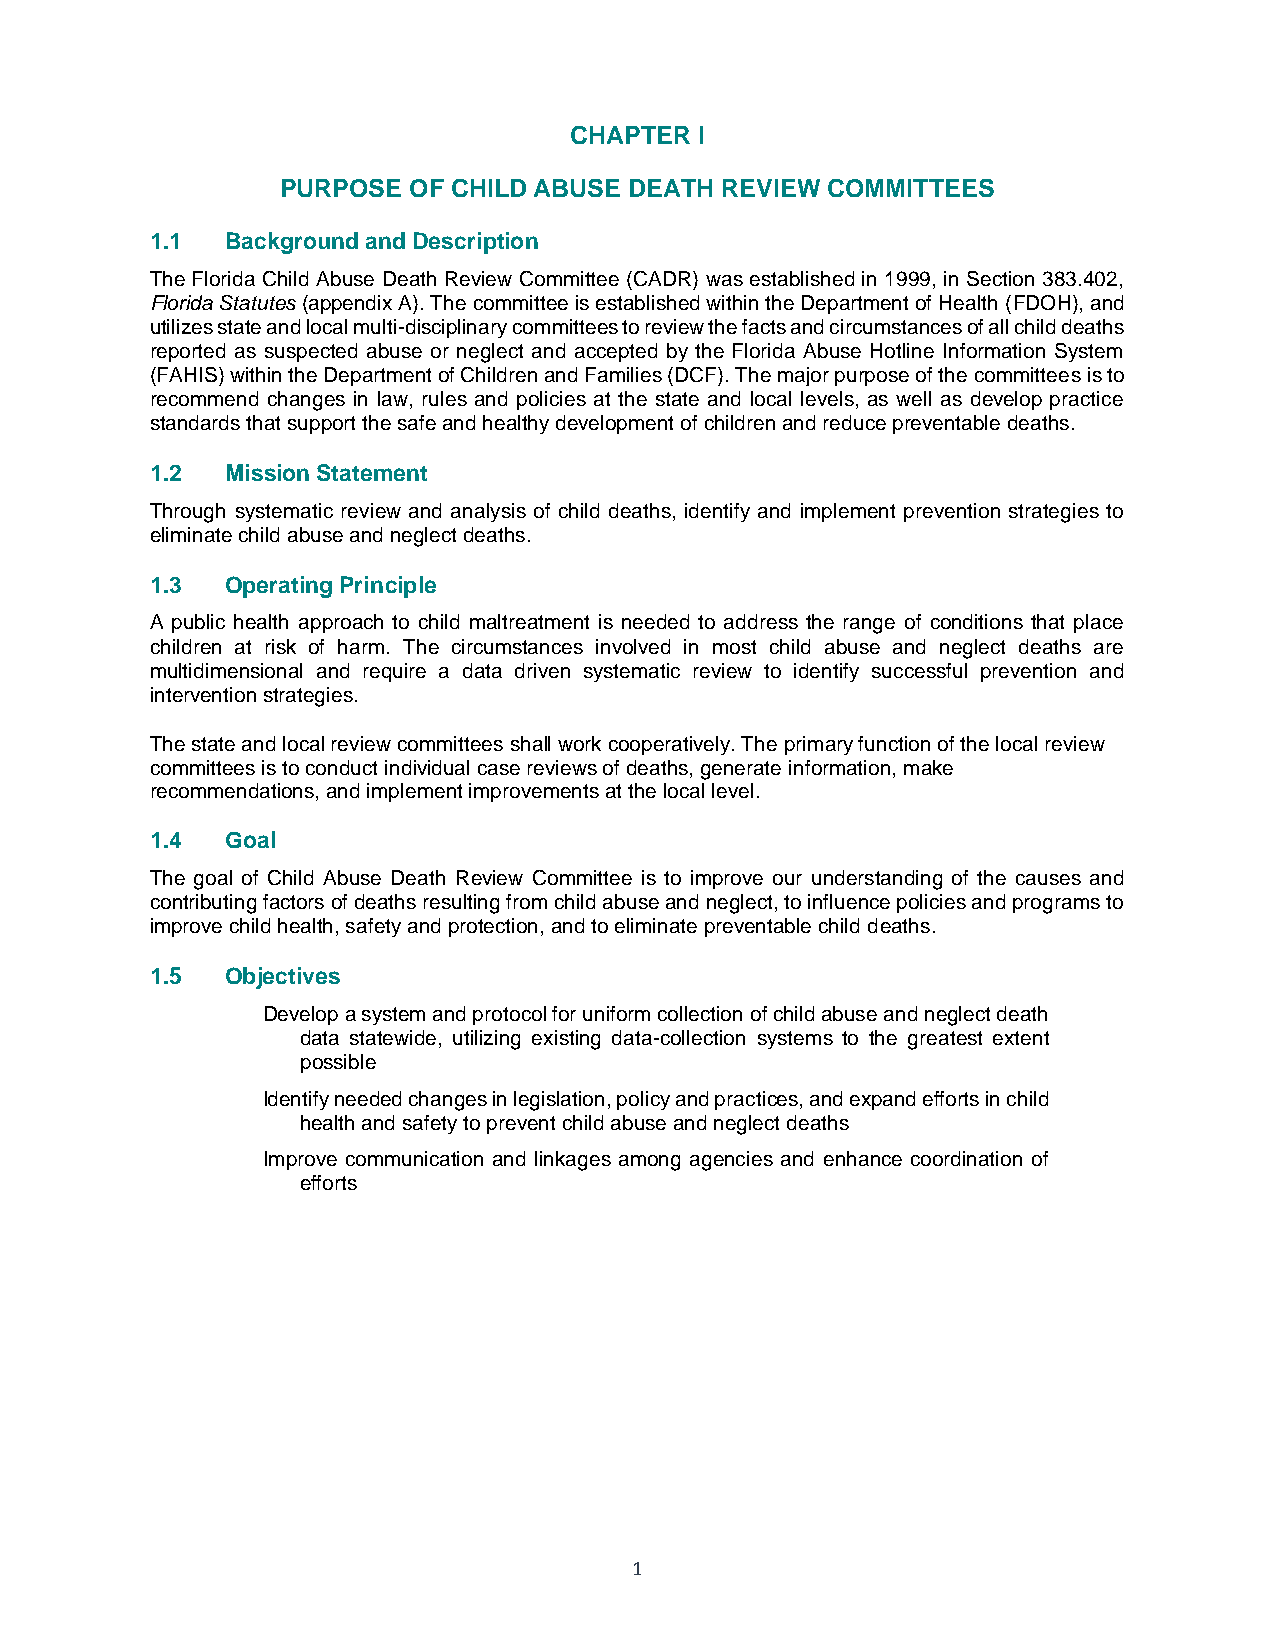
CHAPTER I
 PURPOSE OF CHILD ABUSE DEATH REVIEW COMMITTEES
 1.1  Background and Description
 The Florida Child Abuse Death Review Committee (CADR) was established in 1999, in Section 383.402,
 Florida Statutes (appendix A). The committee is established within the Department of Health (FDOH), and
 utilizes state and local multi-disciplinary committees to review the facts and circumstances of all child deaths
 reported as suspected abuse or neglect and accepted by the Florida Abuse Hotline Information System
 (FAHIS) within the Department of Children and Families (DCF). The major purpose of the committees is to
 recommend changes in law, rules and policies at the state and local levels, as well as develop practice
 standards that support the safe and healthy development of children and reduce preventable deaths.
 1.2  Mission Statement
 Through systematic review and analysis of child deaths, identify and implement prevention strategies to
 eliminate child abuse and neglect deaths.
 1.3  Operating Principle
 A public health approach to child maltreatment is needed to address the range of conditions that place
 children at risk of harm. The circumstances involved in most child abuse and neglect deaths are
 multidimensional and require a data driven systematic review to identify successful prevention and
 intervention strategies.
 The state and local review committees shall work cooperatively. The primary function of the local review
 committees is to conduct individual case reviews of deaths, generate information, make
 recommendations, and implement improvements at the local level.
 1.4  Goal
 The goal of Child Abuse Death Review Committee is to improve our understanding of the causes and
 contributing factors of deaths resulting from child abuse and neglect, to influence policies and programs to
 improve child health, safety and protection, and to eliminate preventable child deaths.
 1.5  Objectives
 Develop a system and protocol for uniform collection of child abuse and neglect death
 data statewide, utilizing existing data-collection systems to the greatest extent
 possible
 Identify needed changes in legislation, policy and practices, and expand efforts in child
 health and safety to prevent child abuse and neglect deaths
 Improve communication and linkages among agencies and enhance coordination of
 efforts
 1